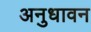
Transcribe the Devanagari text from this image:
अनुधावन